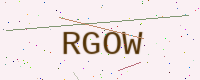
Text: RGOW